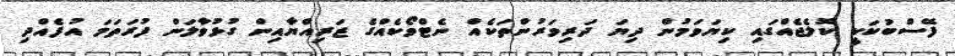
ފޭސްބުކަކީ ކޮލެޖެއްގައި ކިޔަވަމުން ދިޔަ ދަރިވަރުންތަކެއް ނެޓްވޯކެއްގެ ޒަރިއްޔާއިން ގުޅުވާލަން ފުރަތަމަ އުފެއްދި